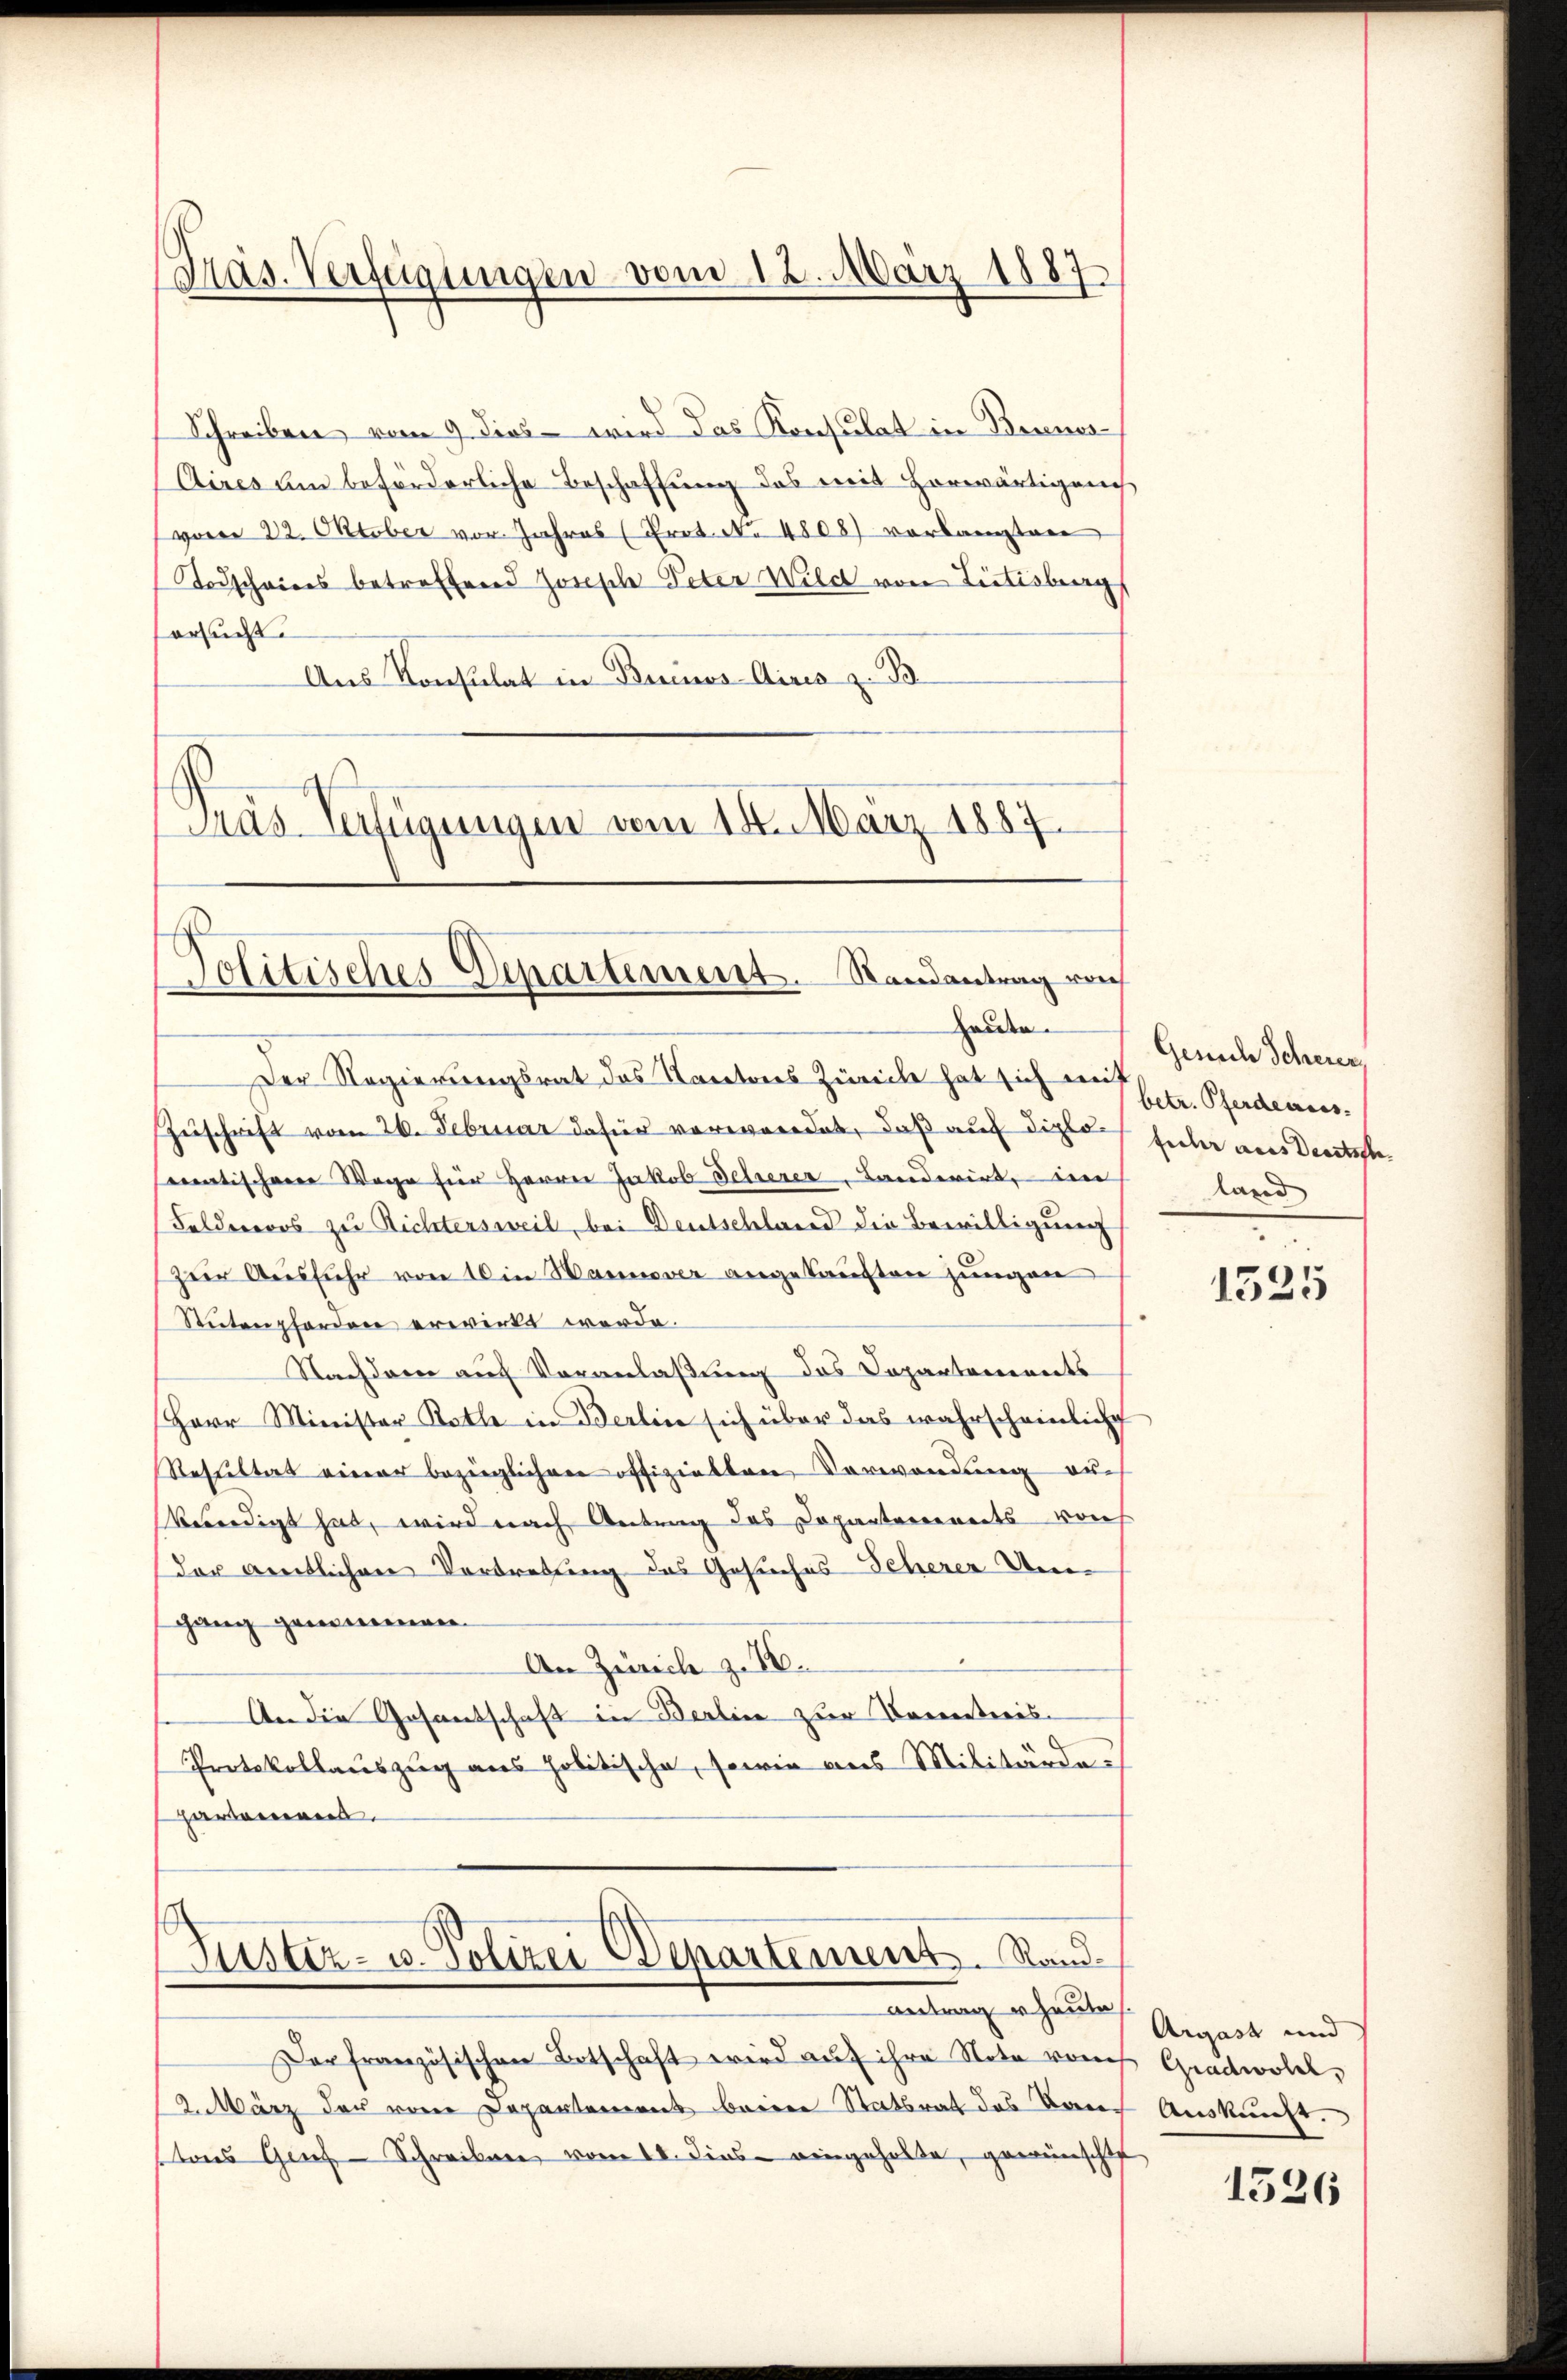
Präs. Verfügungen vom 12. März 1887

Schreiben vom 9. dies - wird das Konsulat in Bennes-
Aires um beförderliche Beschaffung des mit Horwärtigung
(vom 22. Oktober vor. Jahres (Prot. No 4808) vorlangten
Todscheines betreffend Josische Peter Wild von Listisburg
ersucht.
Aus Konsulat in Beines Aires z. B.
Gras Verfügungen vom 14. März 1887.

Jolitisches Departement. Randantrag von
Handen.

Der Regierungsrat des Kantons Zürich hat sich mit Pferdentes
Zuschrift vom 26. Februar dafür verwordet, daß auf diplo heiler aus Dreitsstematischen Wege für Herrn Jakob Scherer, Landerirt, im land
Feldereros zu Richtersweil, bei Deutschland die Bewilligung
Zur Ausführ von 10 in Hannover angekauften jungen
Stutenpforden erwirkt werde.
Nachdem auf Veranlaßung das Departements
Herr Minister Roth in Berlin sich über das wahrscheinliche
Resultat einer bezüglichen offizielten Verwendung auch
Venedigt hat, wird nach Antrag des Dopanterereits von
der amtlichen Vortretung des Gesuches Scherer Un
gang genommen.
An Zürich z. 16.
An die Gesandschaft in Berlier zur Vorresteris
Protokollauszug aus politische, sowie aus Militärde
pardonnen.

Justiz- u. Polizei Departement. Rand.

Gesuch Scherer,
e

mitung er heuten
Der französischen Botschaft wird aŭf ihre Note vom Gradwole,
2.März der von Departement beiden Statsrat des Kantons Graf Schreiben vom 18. dies eingeholte, gewünschte

1525

Argast und
Auskunft.

1526